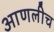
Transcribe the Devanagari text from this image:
आणलीच